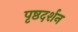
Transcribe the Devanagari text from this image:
पृष्ठदर्शन